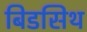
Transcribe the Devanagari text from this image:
बिडसिथ